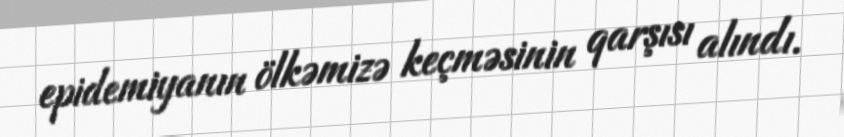
epidemiyanın ölkəmizə keçməsinin qarşısı alındı.